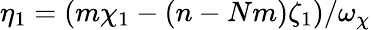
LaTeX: \eta_{1}=\left(m\chi_{1}-(n-Nm)\zeta_{1}\right)/\omega_{\chi}